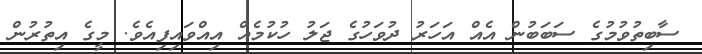
ސާބިތުވުމުގެ ސަބަބުން އެއް އަހަރު ދުވަހުގެ ޖަލު ހުކުމެއް އިއްވައިފިއެވެ. މީގެ އިތުރުން